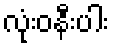
လုံးဝနီးပါး